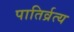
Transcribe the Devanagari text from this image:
पातिर्व्रत्य